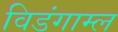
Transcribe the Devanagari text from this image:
विडंगाम्ल